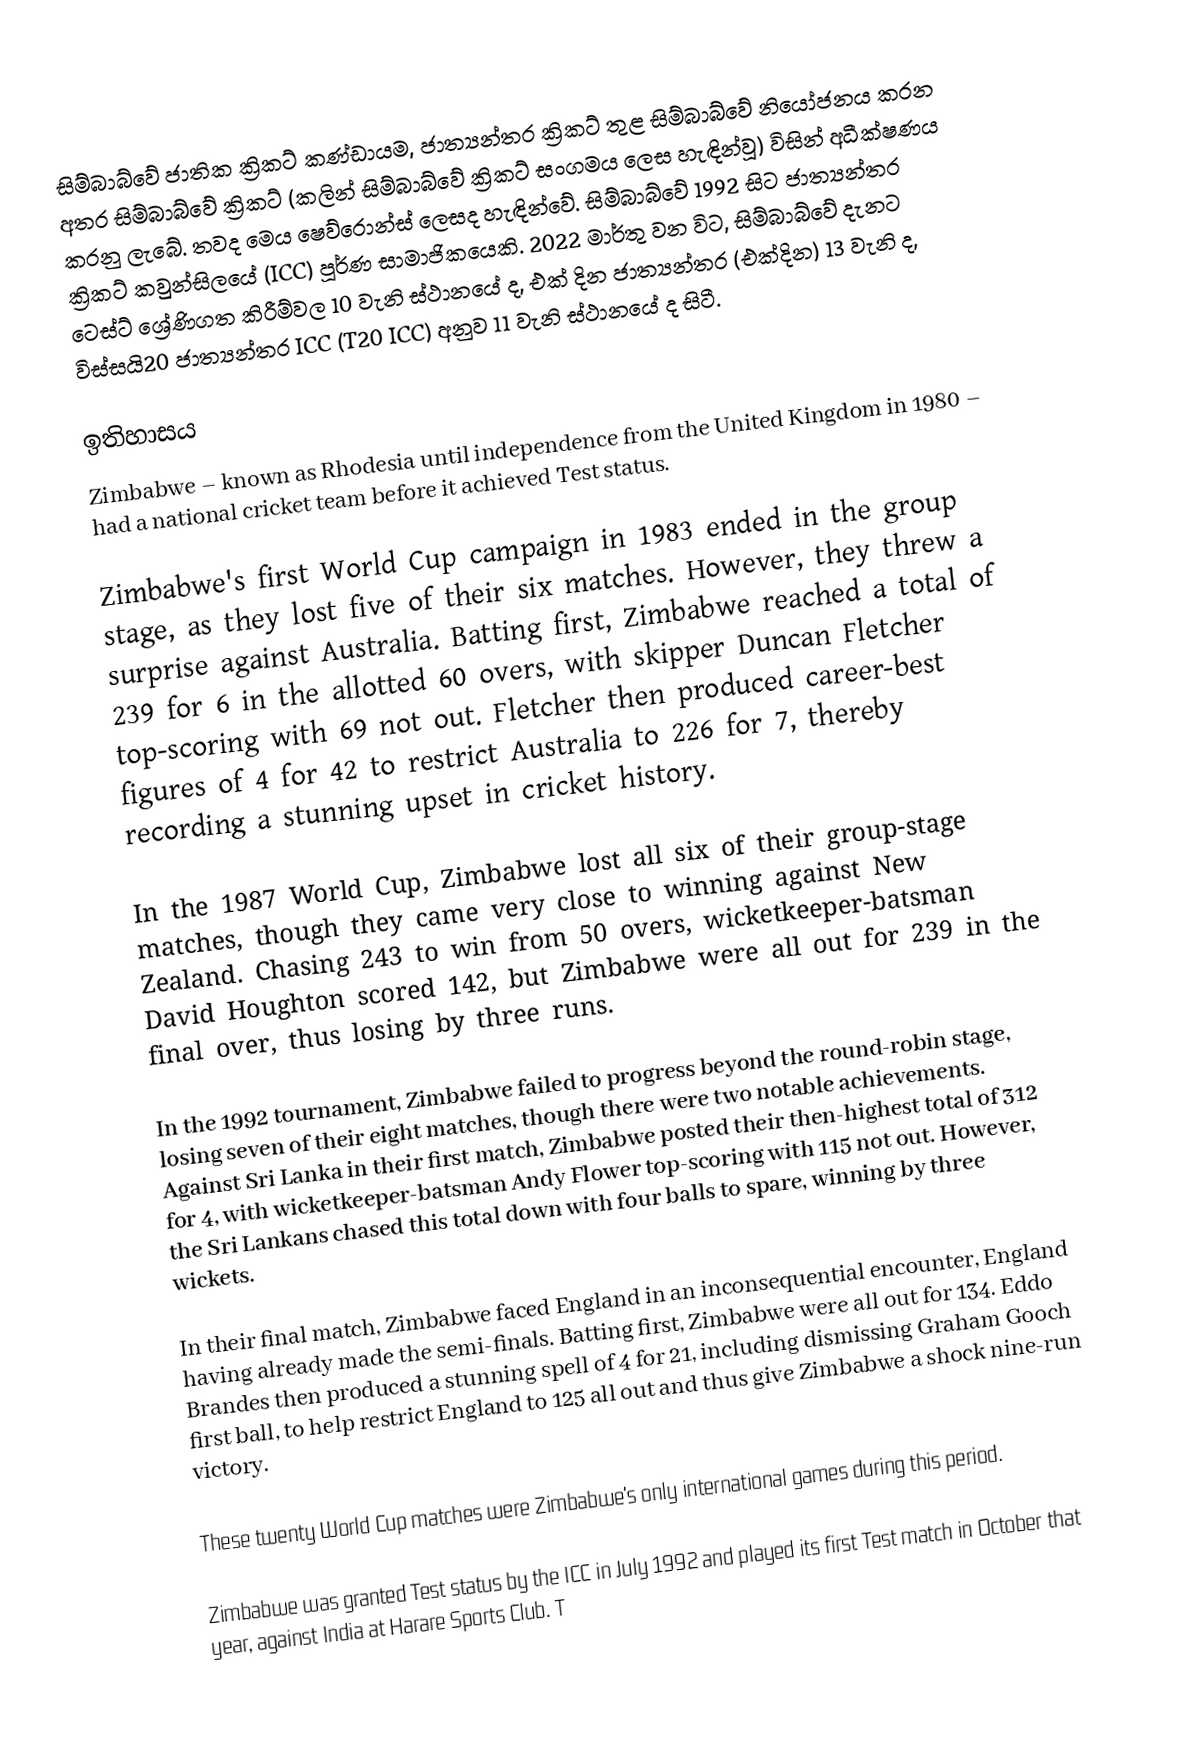
සිම්බාබ්වේ ජාතික ක්‍රිකට් කණ්ඩායම, ජාත්‍යන්තර ක්‍රිකට් තුළ සිම්බාබ්වේ  නියෝජනය කරන අතර සිම්බාබ්වේ ක්‍රිකට් (කලින් සිම්බාබ්වේ ක්‍රිකට් සංගමය ලෙස හැඳින්වූ) විසින් අධීක්ෂණය කරනු ලැබේ. තවද මෙය ෂෙව්රොන්ස් ලෙසද හැඳින්වේ. සිම්බාබ්වේ 1992 සිට ජාත්‍යන්තර ක්‍රිකට් කවුන්සිලයේ (ICC) පූර්ණ සාමාජිකයෙකි. 2022 මාර්තු වන විට, සිම්බාබ්වේ දැනට ටෙස්ට් ශ්‍රේණිගත කිරීම්වල 10 වැනි ස්ථානයේ ද, එක් දින ජාත්‍යන්තර (එක්දින) 13 වැනි ද, විස්සයි20 ජාත්‍යන්තර ICC (T20 ICC) අනුව 11 වැනි ස්ථානයේ ද සිටී.

ඉතිහාසය
Zimbabwe – known as Rhodesia until independence from the United Kingdom in 1980 – had a national cricket team before it achieved Test status.

Zimbabwe's first World Cup campaign in 1983 ended in the group stage, as they lost five of their six matches. However, they threw a surprise against Australia. Batting first, Zimbabwe reached a total of 239 for 6 in the allotted 60 overs, with skipper Duncan Fletcher top-scoring with 69 not out. Fletcher then produced career-best figures of 4 for 42 to restrict Australia to 226 for 7, thereby recording a stunning upset in cricket history.

In the 1987 World Cup, Zimbabwe lost all six of their group-stage matches, though they came very close to winning against New Zealand. Chasing 243 to win from 50 overs, wicketkeeper-batsman David Houghton scored 142, but Zimbabwe were all out for 239 in the final over, thus losing by three runs.

In the 1992 tournament, Zimbabwe failed to progress beyond the round-robin stage, losing seven of their eight matches, though there were two notable achievements. Against Sri Lanka in their first match, Zimbabwe posted their then-highest total of 312 for 4, with wicketkeeper-batsman Andy Flower top-scoring with 115 not out. However, the Sri Lankans chased this total down with four balls to spare, winning by three wickets.

In their final match, Zimbabwe faced England in an inconsequential encounter, England having already made the semi-finals. Batting first, Zimbabwe were all out for 134. Eddo Brandes then produced a stunning spell of 4 for 21, including dismissing Graham Gooch first ball, to help restrict England to 125 all out and thus give Zimbabwe a shock nine-run victory.

These twenty World Cup matches were Zimbabwe's only international games during this period.

Zimbabwe was granted Test status by the ICC in July 1992 and played its first Test match in October that year, against India at Harare Sports Club. T